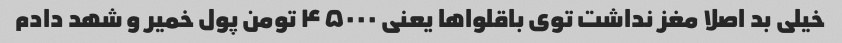
خیلی بد اصلا مغز نداشت توی باقلواها یعنی ۴۵۰۰۰ تومن پول خمیر و شهد دادم